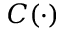
C ( \cdot )